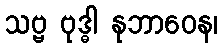
သဗ္ဗ ဗုဒ္ဓါ နုဘာဝေန၊